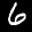
Label: 6